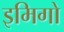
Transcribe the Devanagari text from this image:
इमिगो